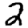
Digit: 2